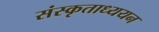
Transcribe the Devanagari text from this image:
संस्कृताध्ययन